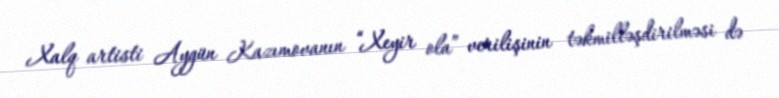
Xalq artisti Aygün Kazımovanın “Xeyir ola” verilişinin təkmilləşdirilməsi də